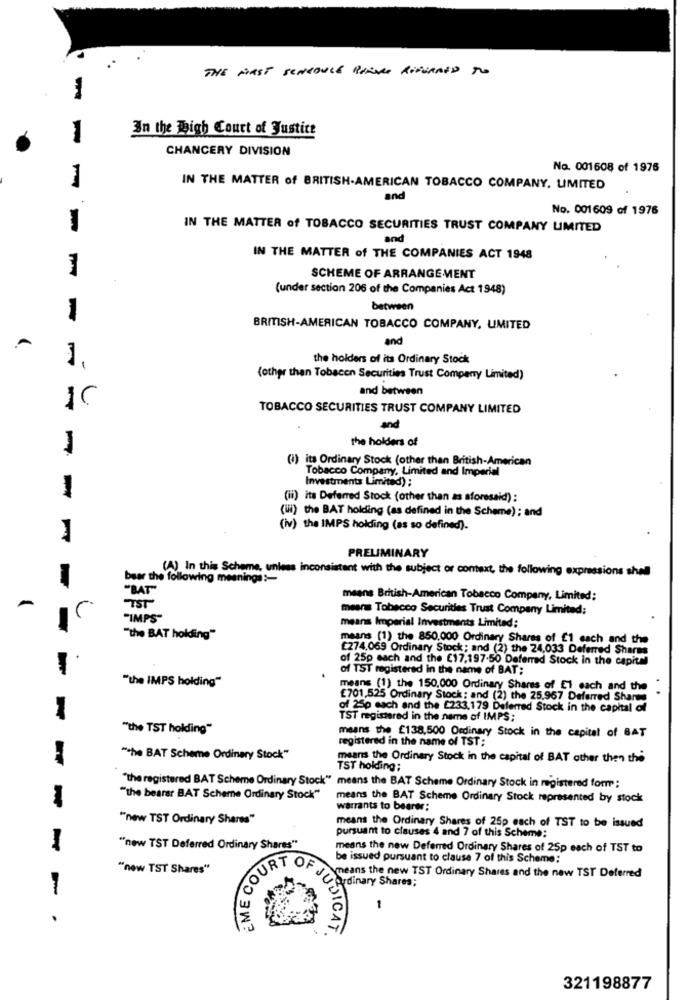
THE MAST SCHEDULE RINGE RIVERMED TO
In the High Court of Justice
1
CHANCERY DIVISION
No. 001608 of 1976
IN THE MATTER of BRITISH-AMERICAN TOBACCO COMPANY. LIMITED
and
No. 001609 of 1976
-
IN THE MATTER of TOBACCO SECURITIES TRUST COMPANY LIMITED
and
IN THE MATTER of THE COMPANIES ACT 1948
1
SCHEME OF ARRANGEMENT
(under section 206 of the Companies Act 1948)
between
1
BRITISH-AMERICAN TOBACCO COMPANY, UMITED
and
the holders of its Ordinary Stock
(other than Tobacon Securities Trust Company Limited)
and between
TOBACCO SECURITIES TRUST COMPANY LIMITED
and
the holders of
(i) its Ordinary Stock (other than British-American
Tobacco Company, Limited and Imperial
Investments Limited) ;
-
(ii) its Deferred Stock (other than as sforesaid) :
(iii) the BAT holding (as defined in the Scheme) ; and
(iv) the IMPS holding (as so defined).
PRELIMINARY
(A) In this Scheme, unless inconsistent with the subject of context, the following expressions shel
bear the following meanings :-
"BAT"
means British-American Tobacco Company, Limited:
TST"
mears Tobacco Securities Trust Company Limited;
"IMPS"
means Imperial Investments Limited:
"the BAT holding"
means (1) the 850.000 Ordinary Shares of E1 each and the
£274.069 Ordinary Stock; and (2) the 24.033 Deferred Sharma
of 25g each and the €17,197.50 Deferred Stock in the capital
-
of TST registered in the name of BAT;
"the IMPS holding"
means (1) the 150.000 Ordinary Shares of El each and the
£701,525 Ordinary Stock : and (2) the 25.967 Deferred Sharma
1
of 25p each and the [233,179 Deferred Stock in the capital of
TST registered in the name of IMPS;
"the TST holding"
means the £138,500 Ordinary Stock in the capital of BAT
registered in the name of TST;
"he BAT Scheme Ordinary Stock"
means the Ordinary Stock in the capital of BAT other then the
TST holding;
"the registered BAT Scheme Ordinary Stock" means the BAT Scheme Ordinary Stock in registered form :
"the bearar BAT Scheme Ordinary Stock"
means the BAT Scheme Ordinary Stock represented by stock
warrants to bear;
"new TST Ordinary Shares"
means the Ordinary Shares of 25p each of TST to be issued
pursuant to clauses 4 and 7 of this Scheme:
-
"new TST Deferred Ordinary Shares"
means the new Deferred Ordinary Shares of 25p each of TST to
EME COUR
be issued pursuant to clause 7 of this Scheme:
"new TST Shares"
means the new TST Ordinary Shares and the new TST Deferred
1
Ordinary Shares;
1
ODICAT.
321198877